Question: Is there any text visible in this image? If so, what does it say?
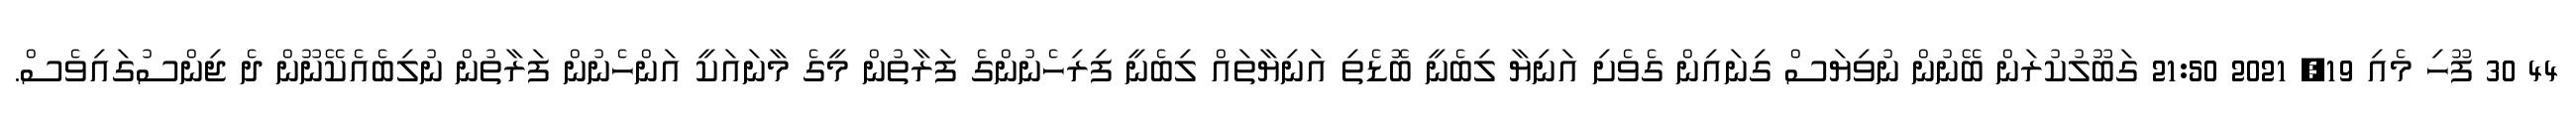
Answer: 44 30 ފޫހި މެއި 19, 2021 21:50 ގަބޫލުކުރަން ބޭނުން ނުވިޔަސް ގިނައިން ގެވެށި އަނިޔާ ލިބެނީ ބޮޑެތި އަނިޔާތައް ލިބެނީ ފިރިހެނުންގެ ފަރާތުން މީގެ މާނައަކީ އަންހެނުން ފަރާތުން ނުލިބެއެކޭނޫން ދެ ޖިންސުގައިވެސް.